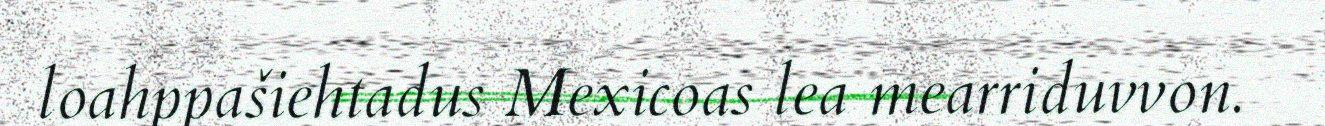
loahppašiehtadus Mexicoas lea mearriduvvon.